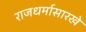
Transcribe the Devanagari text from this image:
राजधर्मासारखे